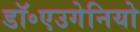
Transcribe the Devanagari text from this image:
डॉ॰एउगेनियो